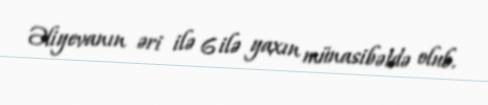
Əliyevanın əri ilə 6 ilə yaxın münasibətdə olub.